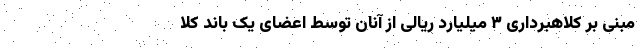
مبنی بر کلاهبرداری ۳ میلیارد ریالی از آنان توسط اعضای یک باند کلا